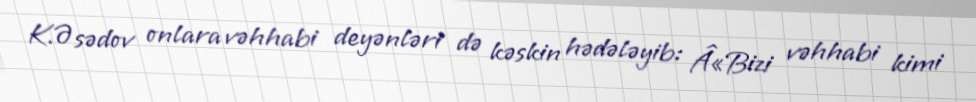
K.Əsədov onlara vəhhabi deyənləri də kəskin hədələyib: Â«Bizi vəhhabi kimi